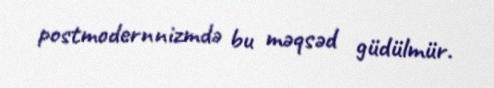
postmodernnizmdə bu məqsəd güdülmür.